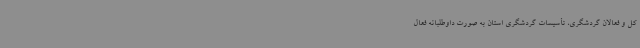
کل و فعالان گردشگری، تأسیسات گردشگری استان به صورت داوطلبانه فعال